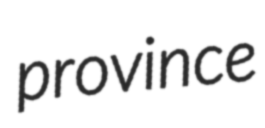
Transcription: province